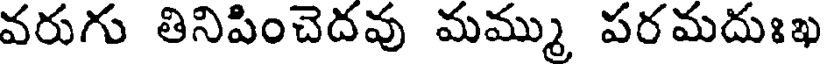
వరుగు తినిపించెదవు మమ్ము పరమదుఃఖ